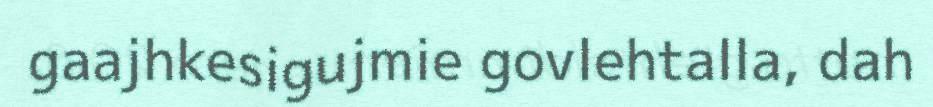
gaajhkesigujmie govlehtalla, dah